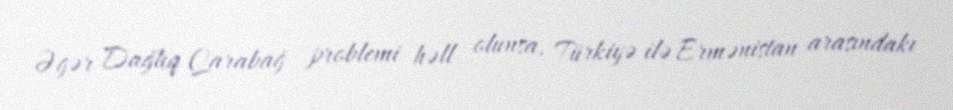
Əgər Dağlıq Qarabağ problemi həll olunsa, Türkiyə ilə Ermənistan arasındakı